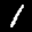
Label: 1